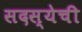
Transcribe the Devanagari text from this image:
सदस्येची